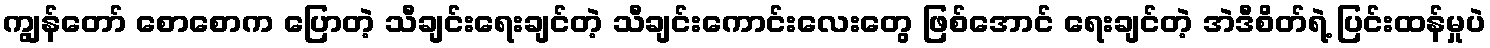
ကျွန်တော် စောစောက ပြောတဲ့ သီချင်းရေးချင်တဲ့ သီချင်းကောင်းလေးတွေ ဖြစ်အောင် ရေးချင်တဲ့ အဲဒီစိတ်ရဲ့ ပြင်းထန်မှုပဲ